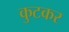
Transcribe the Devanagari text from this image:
कुटकर